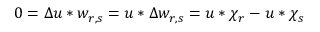
0 = \Delta u * w _ { r , s } = u * \Delta w _ { r , s } = u * \chi _ { r } - u * \chi _ { s }